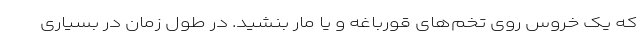
که یک خروس روی تخم‌های قورباغه و یا مار بنشید. در طول زمان در بسیاری